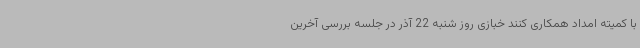
با کمیته امداد همکاری کنند خبازی روز شنبه 22 آذر در جلسه بررسی آخرین